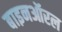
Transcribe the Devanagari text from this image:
बाइनऑरल